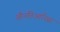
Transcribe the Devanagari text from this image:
औनतिआरिस